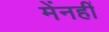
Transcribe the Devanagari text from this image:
मेंनहीं